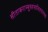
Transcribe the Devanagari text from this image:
सीताकराम्बुरुहलालितपादपद्म